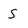
Character: S